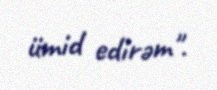
ümid edirəm".